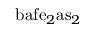
{ \mathrm { b a f e } } _ { 2 } { \mathrm { a s } } _ { 2 }